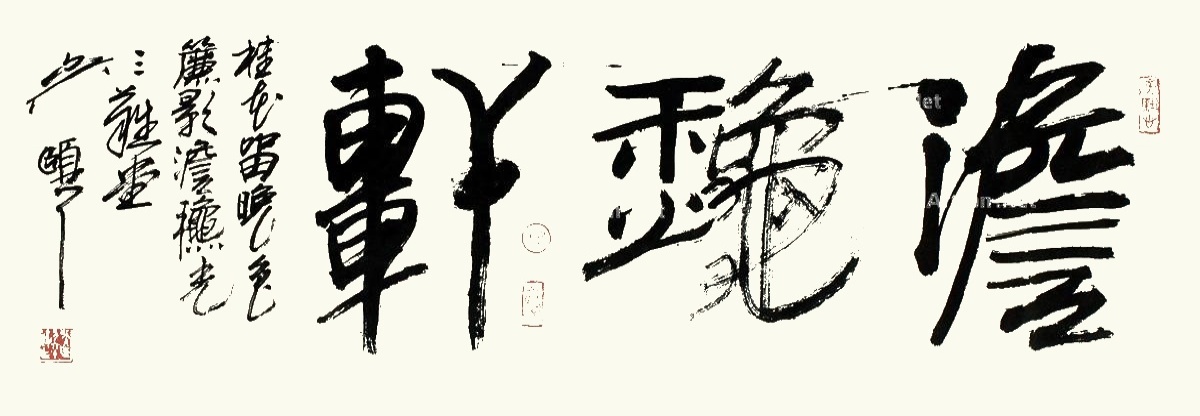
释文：澹秋轩。桂花留晚色，帘影澹秋光。三难堂吴颐人。